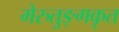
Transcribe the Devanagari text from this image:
मेरुतुङ्गकृत